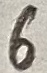
Text: 6